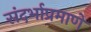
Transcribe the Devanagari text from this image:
संदर्भाप्रमाणे